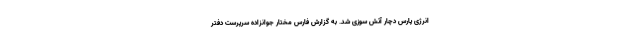
انرژی پارس دچار آتش سوزی شد. به گزارش فارس مختار جوانزاده سرپرست دفتر